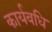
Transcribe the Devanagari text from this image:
कार्यवधि